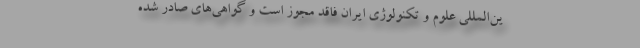
ین‌المللی علوم و تکنولوژی ایران فاقد مجوز است و گواهی‌های صادر شده